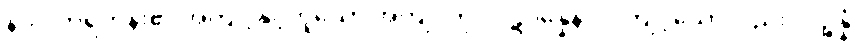
နာလကရဟန်း၏ အကျင့်နှင့်တူသော အကျင့်ကို။ ပဋိပန္နေနာပိ၊ ကျင့်သော်လည်း။ ပဉ္စန္နံ